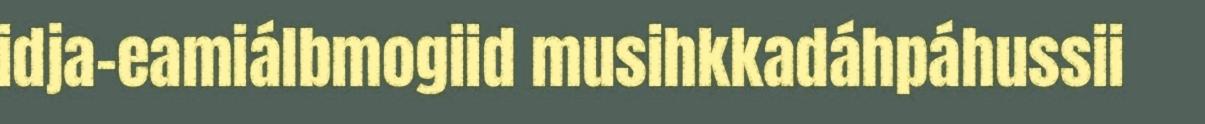
idja-eamiálbmogiid musihkkadáhpáhussii